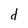
Character: d